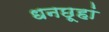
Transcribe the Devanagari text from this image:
धनछूहां